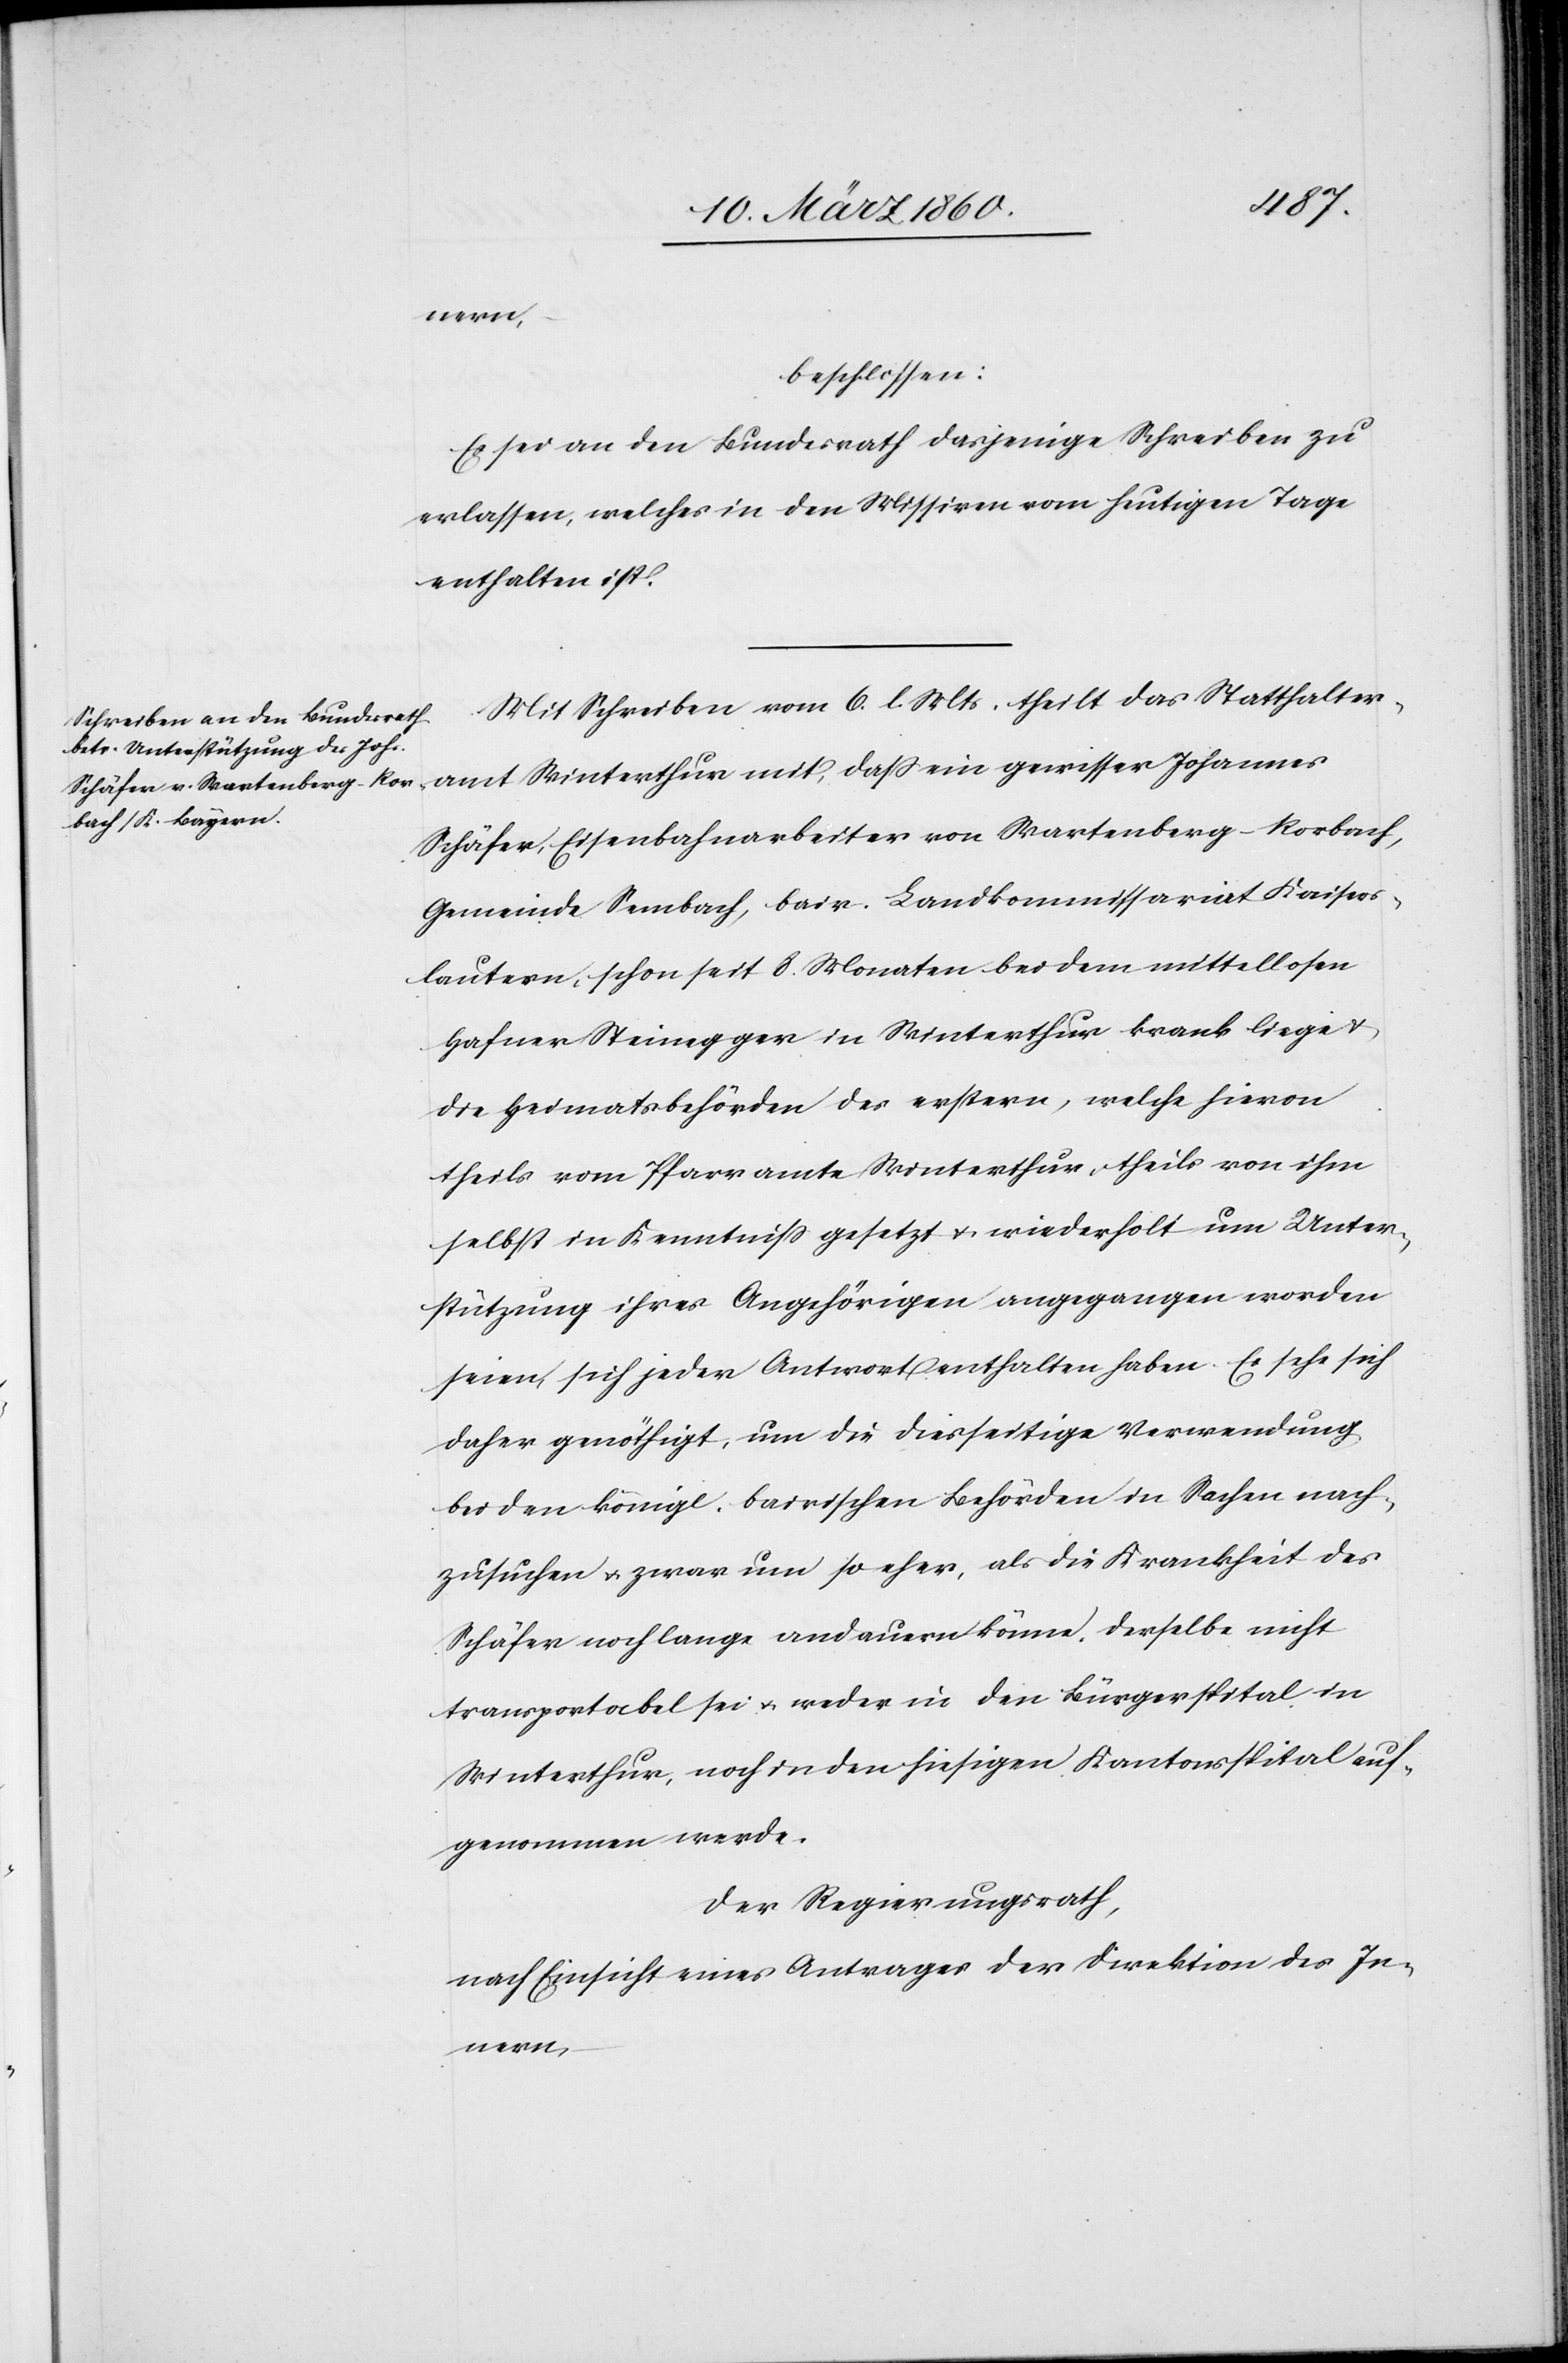
nern
beschlossen:
Es sei an den Bundesrath dasjenige Schreiben zu
erlassen, welches in den Missiven vom heutigen Tage
enthalten ist.
Mit Schreiben vom 6. l. Mts. theilt das Statthalteramt
Schäfer, Eisenbahnarbeiter von Wartenberg-Rorbach,
Gemeinde Sembach, bair. Landkommissariat Kaisers¬
lautern, schon seit 8. Monten bei dem mittellosen
Hafner Steinegger in Winterthur krank liege u.
die Heimatsbehörden des erstern, welche hievon
theils vom Pfarramte Winterthur, theils von ihm
selbst in Kenntniß gesetzt u. wiederholt um Unter¬
stützung ihres Angehörigen angegangen worden
seien, sich jeder Antwort enthalten haben. Es sehe sich
daher genöthigt, um die diesseitge Verwendung
bei den königl. bairischen Behörden in Sachen nach¬
zusuchen u. zwar um so eher, als die Krankheit des
Schäfer noch lange andauern könne. Derselbe nicht
transportabel sei u. weder in den Bürgerspital in
Winterthur, noch in den hiesigen Kantonsspital auf¬
genommen werde.
Der Regierungsrath,
nach Einsicht eines Antrages der Direktion des In¬
nern,